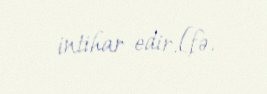
intihar edir.[fə.